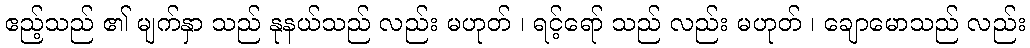
ဧည့်သည် ၏ မျက်နှာ သည် နုနယ်သည် လည်း မဟုတ် ၊ ရင့်ရော် သည် လည်း မဟုတ် ၊ ချောမောသည် လည်း